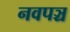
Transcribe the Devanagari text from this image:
नवपञ्च